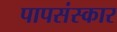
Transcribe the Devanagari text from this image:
पापसंस्कार